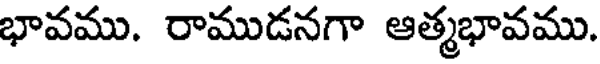
భావము. రాముడనగా ఆత్మభావము.